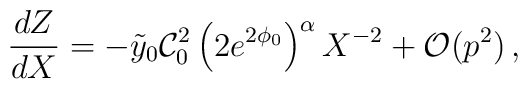
\frac{dZ}{dX}=- \tilde y_0 \mathcal{C}_0^2 \left( 2e^{2\phi_0} \right)^{\alpha}X^{-2} +\mathcal{O}(p^2) \,,